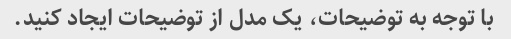
با توجه به توضیحات، یک مدل از توضیحات ایجاد کنید.